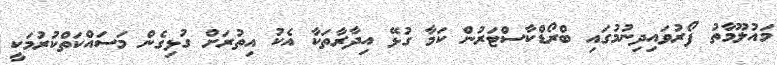
މައުލޫމާތު ފޯރުވައިދިނުމުގައި ބްރޯޑްކާސްޓަރުން ކަމާ ގުޅޭ އިދާރާތަކާ އެކު އިތުރަށް ގުޅިގެން މަސައްކަތްކުރުމަކީ